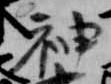
神